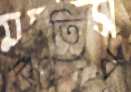
টৃতির